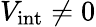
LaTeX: V_{\mathrm{int}}\neq 0